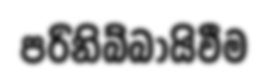
පරිනිබ්බායිවීම